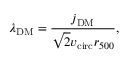
\lambda _ { \mathrm { D M } } = \frac { j _ { \mathrm { D M } } } { \sqrt { 2 } v _ { \mathrm { c i r c } } r _ { 5 0 0 } } ,